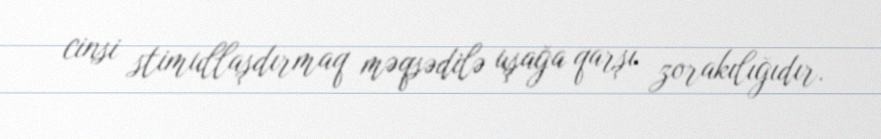
cinsi stimullaşdırmaq məqsədilə uşağa qarşı zorakılığıdır.